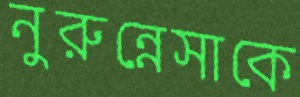
নুরুন্নেসাকে